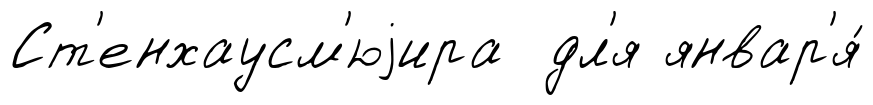
Ст'енхаусм'юjира дл'я январ'я́